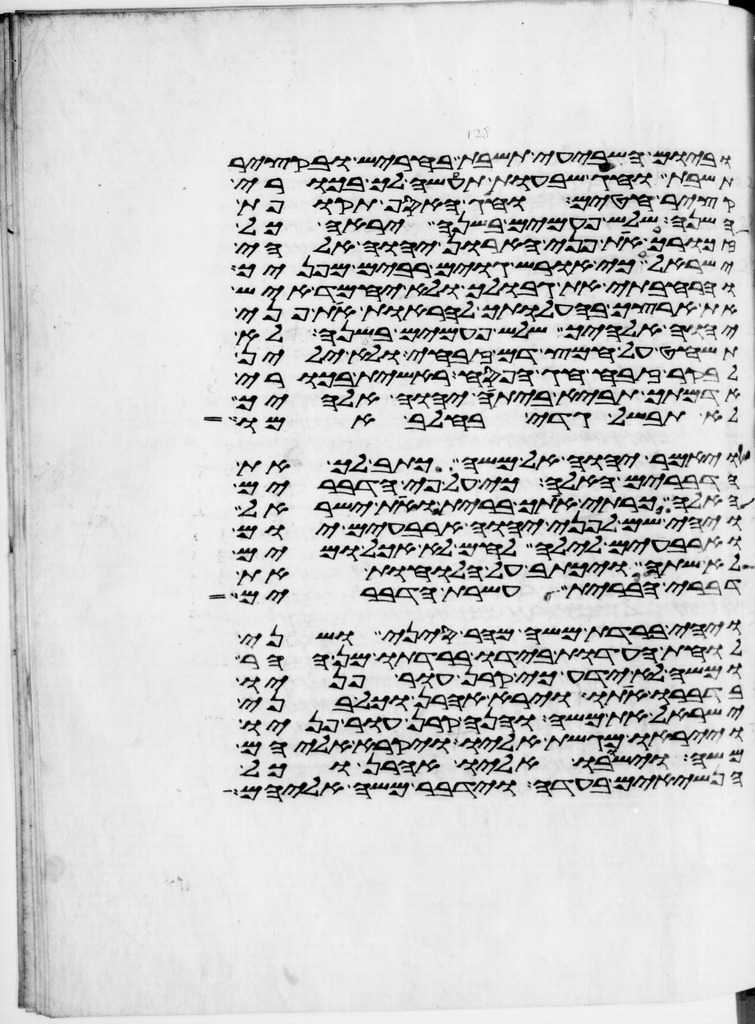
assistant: וביום השביעי תשבת בחריש ובקציר
תשבת וחג שבעות תעשה לך בכורי
קציר חטים וחג האסף תקופת
השנה שלש פעמים בשנה יראה כל
זכורך את פני הארון יהוה אלהי
ישראל כי אוריש גוים רבים מפניך
והרחבתי את גבולך ולא יחמד איש
את ארצך בהעלותך להראות את פני
יהוה אלהיך שלש פעמים בשנה לא
תשחט על חמץ דם זבחי ולא ילין
לבקר זבח חג הפסח ראשית בכורי
אדמתך תביא ביתה יהוה אלהיך
לא תבשל גדי בחלב אמו
ויאמר יהוה אל משה כתב לך את
הדברים האלה כי על פי הדברים
האלה כרתי אתך ברית ואת ישראל
ויהי שם לפני יהוה ארבעים יום
וארבעים לילה לחם לא אכל ומים
לא שתה ויכתב על הלוחות את
דברי הברית עשרת הדברים
ויהי ברדת משה מהר סיני ושני
לוחת העדות בידו ברדתו מן ההר
ומשה לא ידע כי קרן עור פניו
בדברו אתו וירא אהרן וכל בני
ישראל את משה והנה קרן עור פניו
וייראו מגשת אליו ויקרא אליהם
משה וישבו אליו אהרן וכל
הנשיאים בעדה וידבר משה אליהם